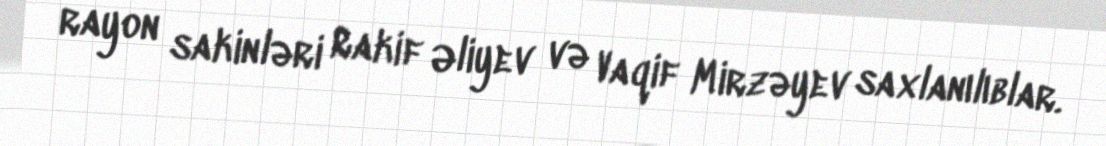
rayon sakinləri Rakif Əliyev və Vaqif Mirzəyev saxlanılıblar.